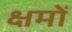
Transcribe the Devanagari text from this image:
क्षमों